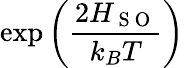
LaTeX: \exp\left(\frac{2H_{\mathrm{~S~O~}}}{k_{B}T}\right)